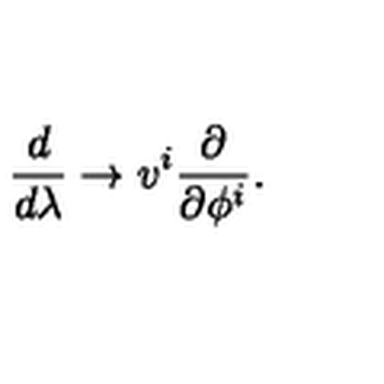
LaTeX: \frac { d } { d \lambda } \rightarrow v ^ { i } \frac { \partial } { \partial \phi ^ { i } } .